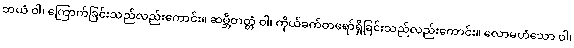
ဘယံ ဝါ၊ ကြောက်ခြင်းသည်လည်းကောင်း။ ဆမ္ဘိတတ္တံ ဝါ၊ ကိုယ်ခက်တရော်ရှိခြင်းသည်လည်းကောင်း။ လောမဟံသော ဝါ၊